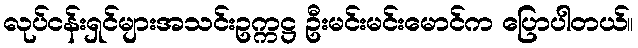
လုပ်ငန်းရှင်များအသင်းဥက္ကဋ္ဌ ဦးမင်းမင်းမောင်က ပြောပါတယ်။